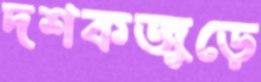
দশকজুড়ে